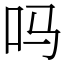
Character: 吗